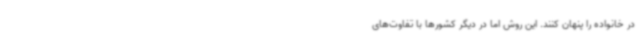
در خانواده را پنهان کنند. این روش اما در دیگر کشورها با تفاوت‌های